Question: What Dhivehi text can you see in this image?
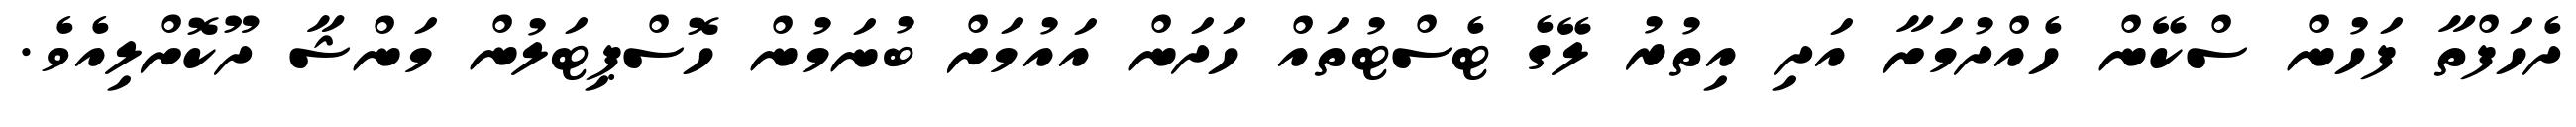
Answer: ދެހަފްތާ ފަހުން ސްކޭން ހެއްދުމަށާ އަދި އިތުރު ލޭގެ ޓެސްޓުތައް ހަދަން އައުމަށް ބުނަމުން ހޮސްޕިޓަލުން މަންޝާ ދޫކޮށްލިއެވެ.